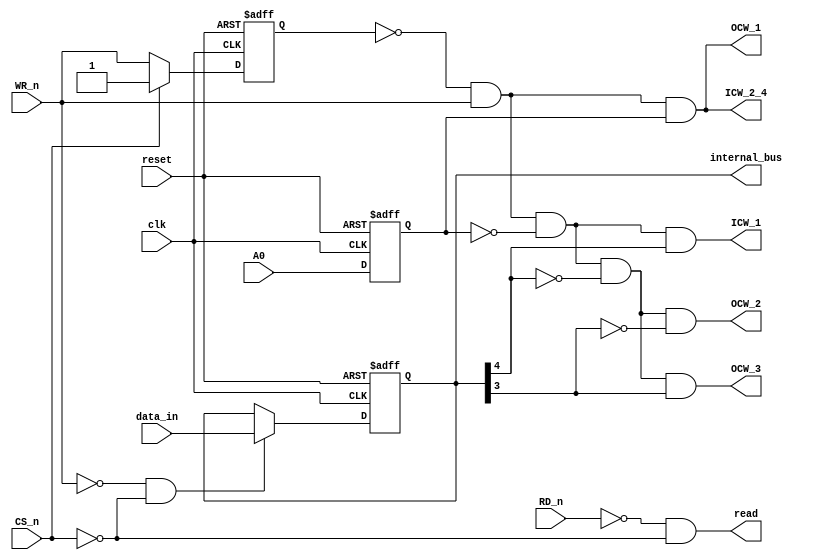
module Data_Bus (
    input   wire           clk,
    input   wire           reset,

    input   wire           CS_n,
    input   wire           RD_n,
    input   wire           WR_n,
    input   wire           A0,
    input   wire   [7:0]   data_in,

    // Internal Bus
    output  reg    [7:0]   internal_bus,
    output  wire           ICW_1,
    output  wire           ICW_2_4,
    output  wire           OCW_1,
    output  wire           OCW_2,
    output  wire           OCW_3,
    output  wire           read
);

    //
    // Internal Signals
    //
    
    reg   stable_A0;
    reg prev_WR_n;
    wire write_flag;
    
    //
    // Write Control
    //
    always@(negedge clk, posedge reset) begin
        if (reset)
            internal_bus <= 8'b00000000;
        else if (~WR_n & ~CS_n)
            internal_bus <= data_in;
        else
            internal_bus <= internal_bus;
    end

    always@(negedge clk, posedge reset) begin
        if (reset)
            prev_WR_n <= 1'b1;
        else if (CS_n)
            prev_WR_n <= 1'b1;
        else
            prev_WR_n <= WR_n;
    end
    
    assign write_flag = ~prev_WR_n & WR_n;


    always@(negedge clk, posedge reset) begin
        if (reset)
            stable_A0 <= 1'b0;
        else
            stable_A0 <= A0;
    end

    // Generate write request flags
    assign ICW_1   = write_flag & ~stable_A0 & internal_bus[4];
    assign ICW_2_4 = write_flag & stable_A0;
    assign OCW_1   = write_flag & stable_A0;
    assign OCW_2   = write_flag & ~stable_A0 & ~internal_bus[4] & ~internal_bus[3];
    assign OCW_3   = write_flag & ~stable_A0 & ~internal_bus[4] & internal_bus[3];

    //
    // Read Control
    //
    assign read = ~RD_n  & ~CS_n;

endmodule